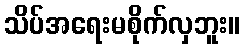
သိပ်အရေးမစိုက်လှဘူး။